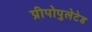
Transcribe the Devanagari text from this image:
प्रीपोपुलेटेड